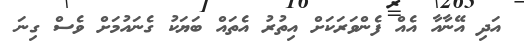
އަދި އޭނާއާ އެއް ފެންވަރަކަށް އިތުރު އެތައް ބަޔަކު ގެނައުމަށް ވެސް ގިނަ